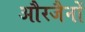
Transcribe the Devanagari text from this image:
औरजैनों